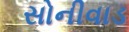
સોનીવાડ